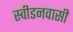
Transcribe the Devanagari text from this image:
स्वीडनवासी